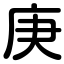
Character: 庚